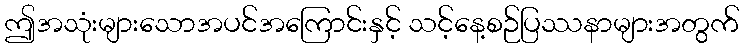
ဤအသုံးများသောအပင်အကြောင်းနှင့် သင့်နေ့စဉ်ပြဿနာများအတွက်